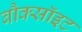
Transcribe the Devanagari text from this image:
बौक्सॉइट